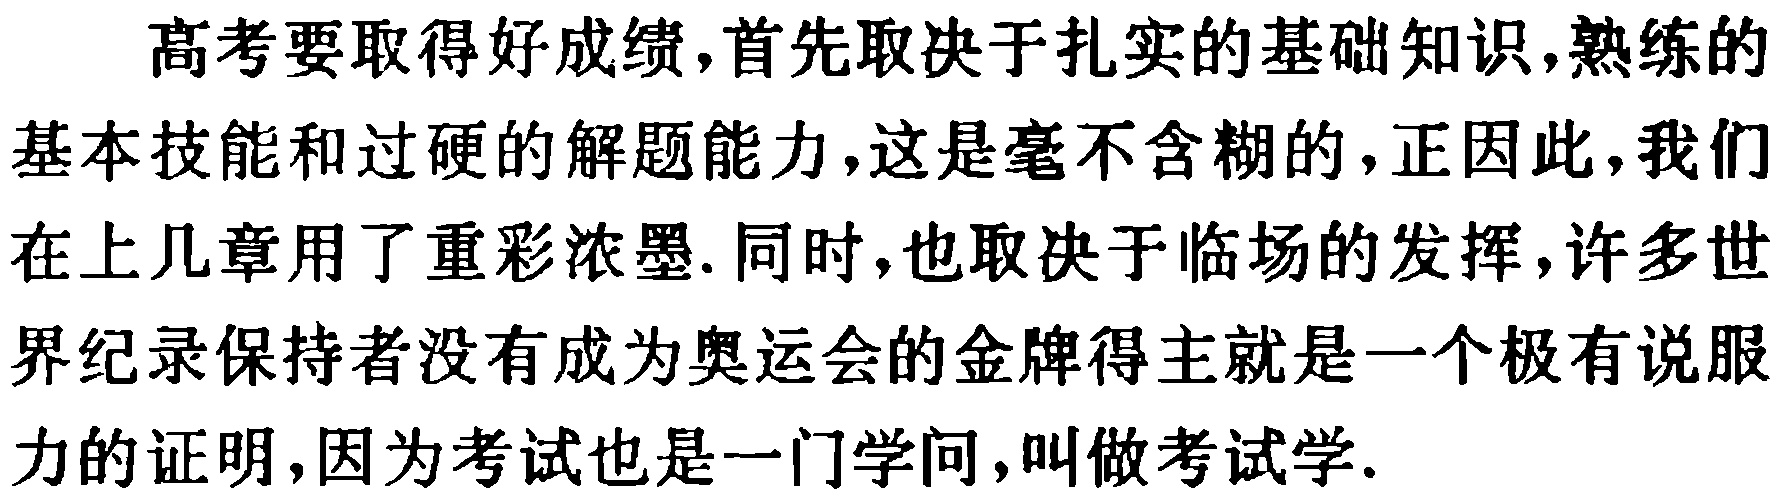
高考要取得好成绩,首先取决于扎实的基础知识,熟练的基本技能和过硬的解题能力,这是毫不含糊的,正因此,我们在上几章用了重彩浓墨. 同时,也取决于临场的发挥,许多世界纪录保持者没有成为奥运会的金牌得主就是一个极有说服力的证明,因为考试也是一门学问,叫做考试学.